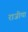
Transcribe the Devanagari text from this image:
राजीया